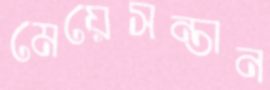
মেয়েসন্তান